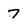
Character: 7